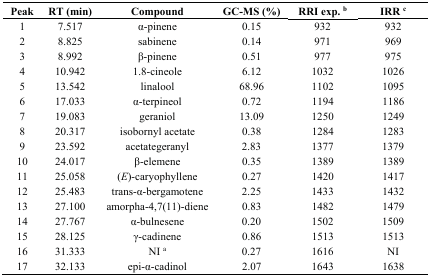
<table><thead><tr><td><b>Peak</b></td><td><b>RT (min)</b></td><td><b>Compound</b></td><td><b>GC-MS (%)</b></td><td><b>RRI exp. <sup>b</sup></b></td><td><b>IRR <sup>c</sup></b></td></tr></thead><tbody><tr><td>1</td><td>7.517</td><td>α-pinene</td><td>0.15</td><td>932</td><td>932</td></tr><tr><td>2</td><td>8.825</td><td>sabinene</td><td>0.14</td><td>971</td><td>969</td></tr><tr><td>3</td><td>8.992</td><td>β-pinene</td><td>0.51</td><td>977</td><td>975</td></tr><tr><td>4</td><td>10.942</td><td>1.8-cineole</td><td>6.12</td><td>1032</td><td>1026</td></tr><tr><td>5</td><td>13.542</td><td>linalool</td><td>68.96</td><td>1102</td><td>1095</td></tr><tr><td>6</td><td>17.033</td><td>α-terpineol</td><td>0.72</td><td>1194</td><td>1186</td></tr><tr><td>7</td><td>19.083</td><td>geraniol</td><td>13.09</td><td>1250</td><td>1249</td></tr><tr><td>8</td><td>20.317</td><td>isobornyl acetate</td><td>0.38</td><td>1284</td><td>1283</td></tr><tr><td>9</td><td>23.592</td><td>acetategeranyl</td><td>2.83</td><td>1377</td><td>1379</td></tr><tr><td>10</td><td>24.017</td><td>β-elemene</td><td>0.35</td><td>1389</td><td>1389</td></tr><tr><td>11</td><td>25.058</td><td>(<i>E</i>)-caryophyllene</td><td>0.27</td><td>1420</td><td>1417</td></tr><tr><td>12</td><td>25.483</td><td>trans-α-bergamotene</td><td>2.25</td><td>1433</td><td>1432</td></tr><tr><td>13</td><td>27.100</td><td>amorpha-4,7(11)-diene</td><td>0.83</td><td>1482</td><td>1479</td></tr><tr><td>14</td><td>27.767</td><td>α-bulnesene</td><td>0.20</td><td>1502</td><td>1509</td></tr><tr><td>15</td><td>28.125</td><td>γ-cadinene</td><td>0.86</td><td>1513</td><td>1513</td></tr><tr><td>16</td><td>31.333</td><td>NI <sup>a</sup></td><td>0.27</td><td>1616</td><td>NI</td></tr><tr><td>17</td><td>32.133</td><td>epi-α-cadinol</td><td>2.07</td><td>1643</td><td>1638</td></tr></tbody></table>